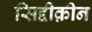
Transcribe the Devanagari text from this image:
सिद्दीक़ीन